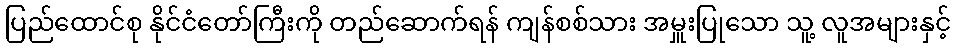
ပြည်ထောင်စု နိုင်ငံတော်ကြီးကို တည်ဆောက်ရန် ကျန်စစ်သား အမှူးပြုသော သူ့ လူအများနှင့်